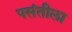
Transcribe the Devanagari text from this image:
पसंतीला